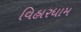
વિહારધામ